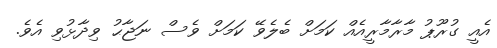
އެއީ ގުރޫޕު މާރާމާރީއެއް ކަމަށް ބެލެވޭ ކަމަށް ވެސް ނަޖާޙު ވިދާޅުވި އެވެ.